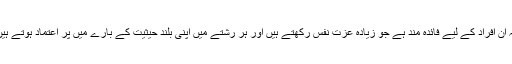
یہ ان افراد کے لیے فائدہ مند ہے جو زیادہ عزت نفس رکھتے ہیں اور ہر رشتے میں اپنی بلند حیثیت کے بارے میں پر اعتماد ہوتے ہیں۔